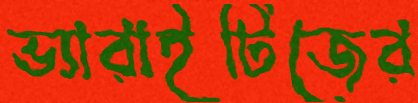
ভ্যারাইটিজের